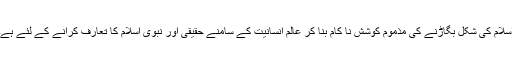
اسلام کی شکل بگاڑنے کی مذموم کوشش نا کام بنا کر عالم انسانیت کے سامنے حقیقی اور نبوی اسلام کا تعارف کرانے کے لئے ہے۔